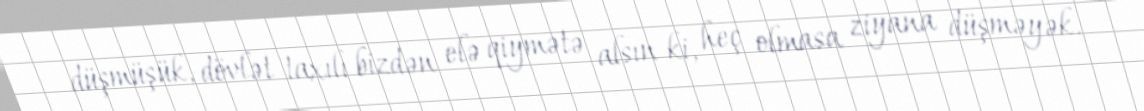
düşmüşük, dövlət taxılı bizdən elə qiymətə alsın ki, heç olmasa ziyana düşməyək.